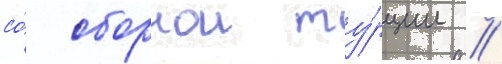
со́ сборнои ту́рции //